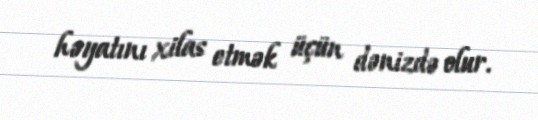
həyatını xilas etmək üçün dənizdə olur.